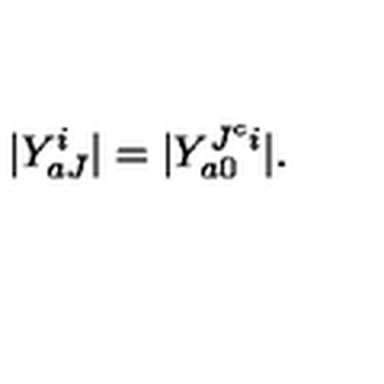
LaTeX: | Y _ { a J } ^ { i } | = | Y _ { a 0 } ^ { J ^ { c } i } | .